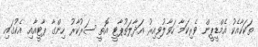
ތަކަކާއެކު އެމްޑީޕީން ވެރިކަމާ ހަވާލުވިއިރު އަދާލަތުޕާޓީ އޮތީ ސަރުކާރު ހިންގާ ޕާޓީއާއި އެކުގައި